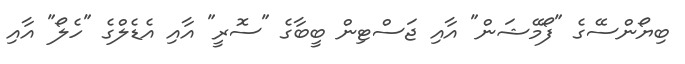
ބިޔޯންސޭގެ "ފޯމޭޝަން" އާއި ޖަސްޓިން ބީބާގެ "ސޮރީ" އާއި އެޑެލްގެ "ހެލޯ" އާއި